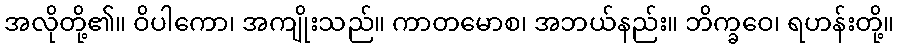
အလိုတို့၏။ ဝိပါကော၊ အကျိုးသည်။ ကာတမောစ၊ အဘယ်နည်း။ ဘိက္ခဝေ၊ ရဟန်းတို့။